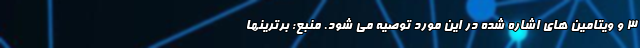
۳ و ویتامین های اشاره شده در این مورد توصیه می شود. منبع: برترینها